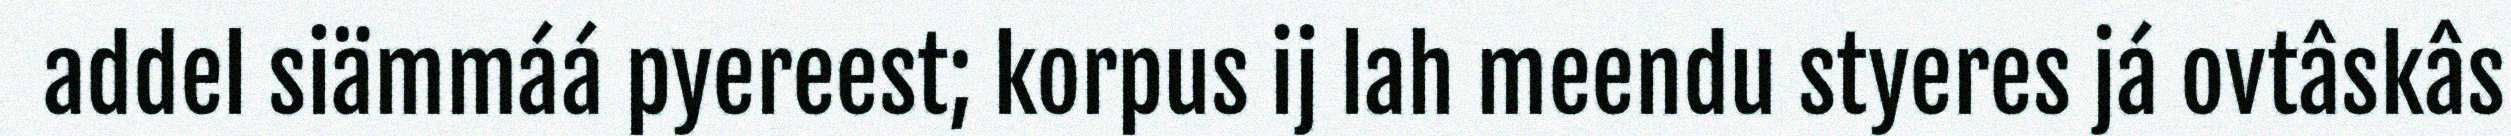
addel siämmáá pyereest; korpus ij lah meendu styeres já ovtâskâs